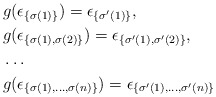
\begin{align*}& g(\epsilon_{\{\sigma(1)\}}) = \epsilon_{\{\sigma'(1)\}},\\& g(\epsilon_{\{\sigma(1),\sigma(2)\}}) = \epsilon_{\{\sigma'(1),\sigma'(2)\}},\\&\dots \\& g(\epsilon_{\{\sigma(1),\dots,\sigma(n)\}}) = \epsilon_{\{\sigma'(1),\dots,\sigma'(n)\}}\end{align*}